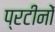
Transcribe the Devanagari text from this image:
प्रटीनों